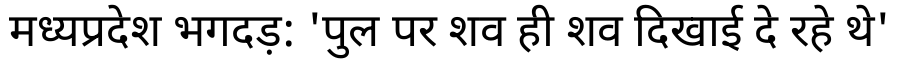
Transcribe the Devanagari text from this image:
मध्यप्रदेश भगदड़: 'पुल पर शव ही शव दिखाई दे रहे थे'